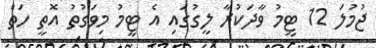
ޖުމުލަ 12 ޓީމު ވާދަކުރާ ލީގުގައި އެ ޓީމު މިވަގުތު އޮތީ ހަތް